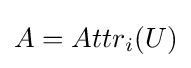
A=Attr_{i}(U)